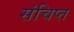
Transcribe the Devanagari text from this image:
संचिप्त